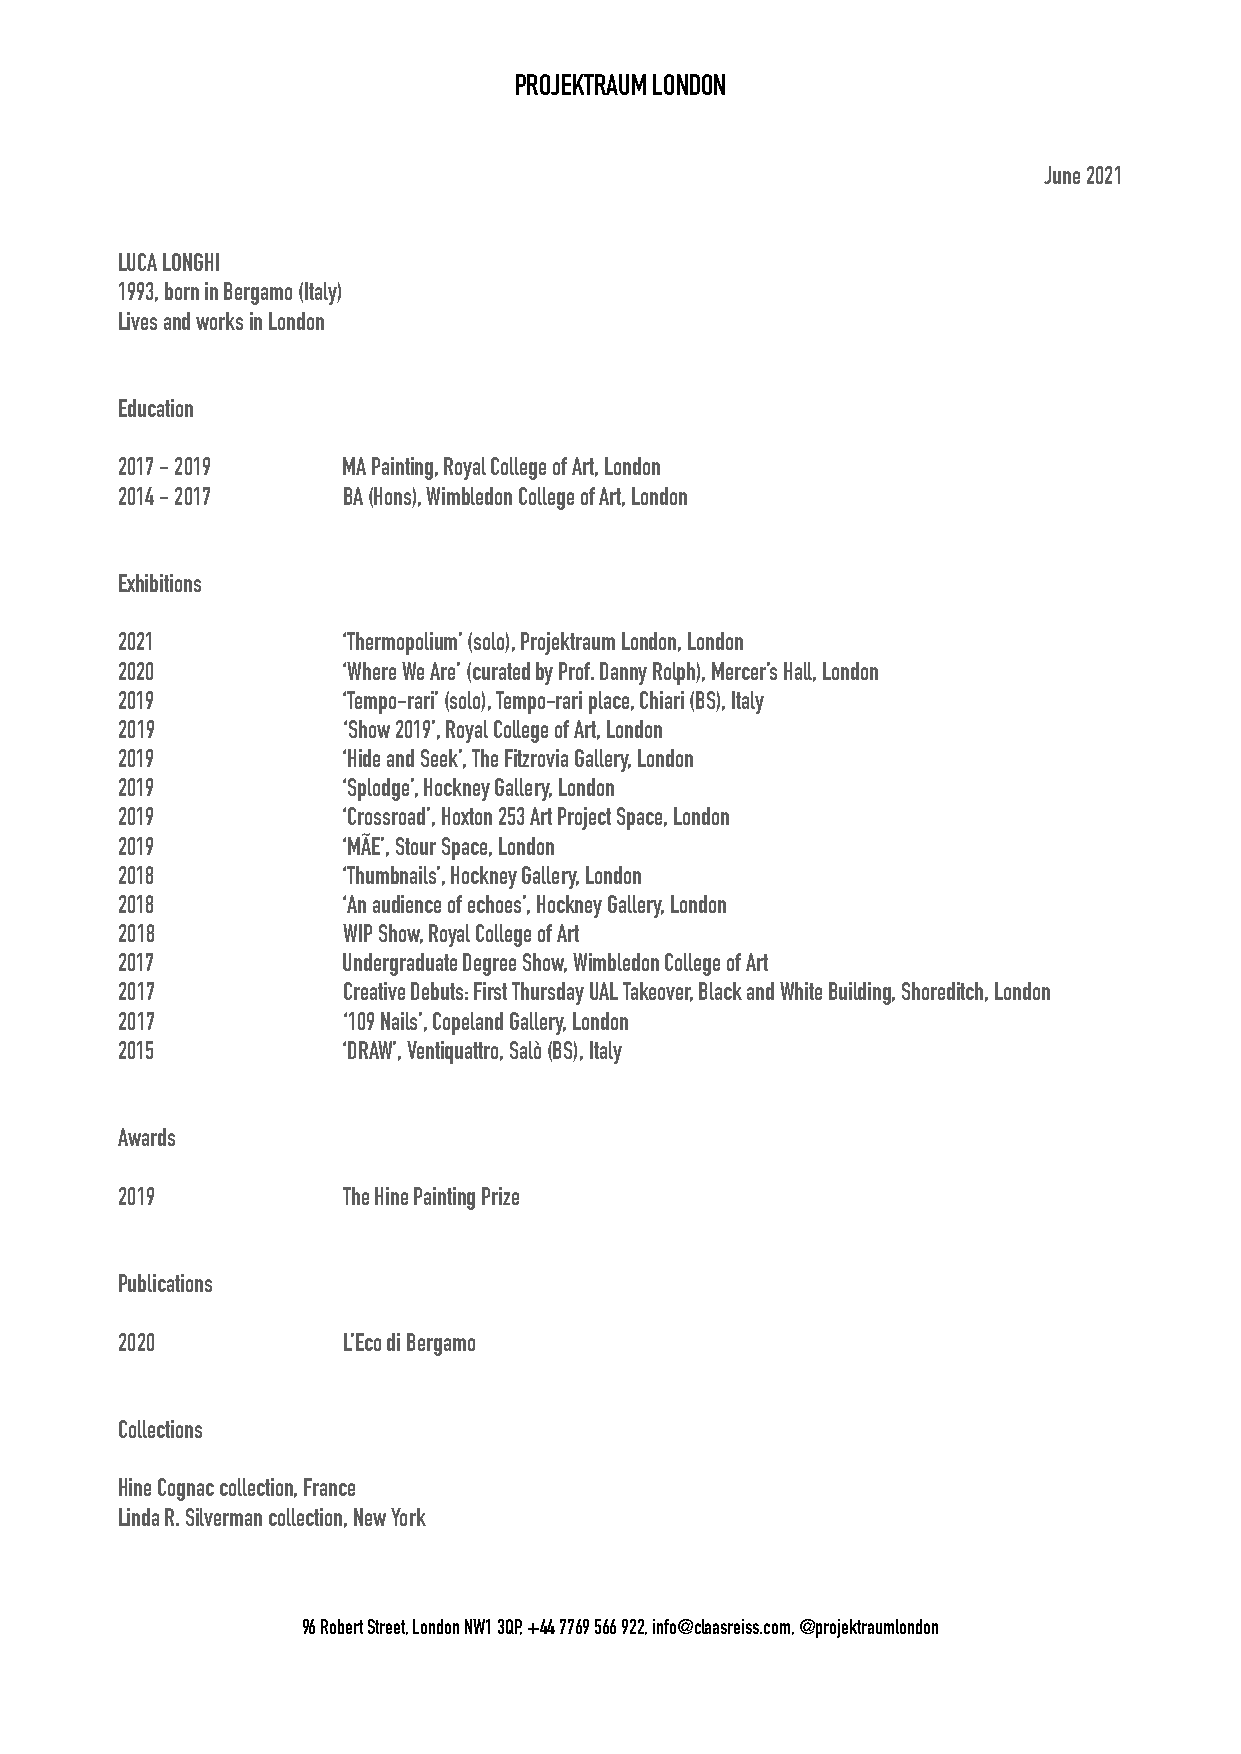
PROJEKTRAUM LONDON
 June 2021
 LUCA LONGHI
 1993, born in Bergamo (Italy)
 Lives and works in London
 Education
 2017 - 2019    MA Painting, Royal College of Art, London
 2014 - 2017    BA (Hons), Wimbledon College of Art, London
 Exhibitions
 2021           ‘Thermopolium’ (solo), Projektraum London, London
 2020           ‘Where We Are’ (curated by Prof. Danny Rolph), Mercer’s Hall, London
 2019           ‘Tempo-rari’ (solo), Tempo-rari place, Chiari (BS), Italy
 2019           ‘Show 2019’, Royal College of Art, London
 2019           ‘Hide and Seek’, The Fitzrovia Gallery, London
 2019           ‘Splodge’, Hockney Gallery, London
 2019           ‘Crossroad’, Hoxton 253 Art Project Space, London
 2019           ‘MÃE’, Stour Space, London
 2018           ‘Thumbnails’, Hockney Gallery, London
 2018           ‘An audience of echoes’, Hockney Gallery, London
 2018           WIP Show, Royal College of Art
 2017           Undergraduate Degree Show, Wimbledon College of Art
 2017           Creative Debuts: First Thursday UAL Takeover, Black and White Building, Shoreditch, London
 2017           ‘109 Nails’, Copeland Gallery, London
 2015           ‘DRAW’, Ventiquattro, Salò (BS), Italy
 Awards
 2019           The Hine Painting Prize
 Publications
 2020           L’Eco di Bergamo
 Collections
 Hine Cognac collection, France
 Linda R. Silverman collection, New York
 96 Robert Street, London NW1 3QP, +44 7769 566 922, info@claasreiss.com, @projektraumlondon